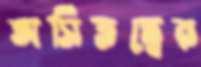
অসিতত্বের